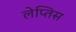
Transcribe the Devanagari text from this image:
लेप्तिस